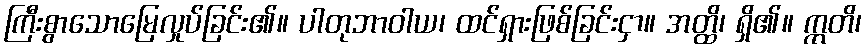
ကြီးစွာသောမြေလှုပ်ခြင်း၏။ ပါတုဘာဝါယ၊ ထင်ရှားဖြစ်ခြင်းငှာ။ အတ္ထိ၊ ရှိ၏။ ဣတိ၊